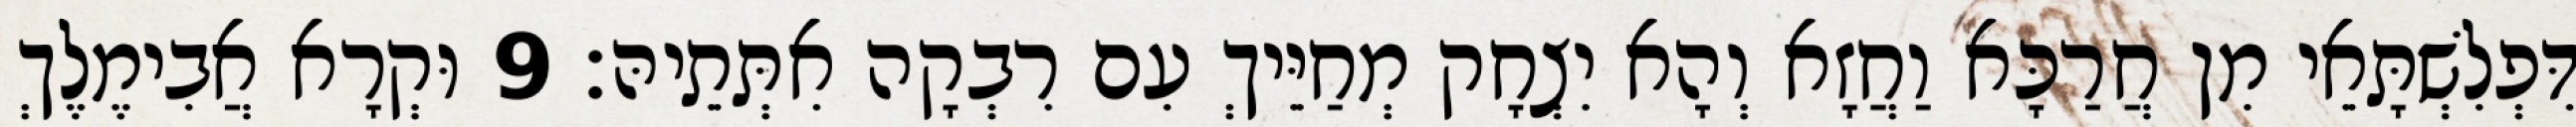
דִּפְלִשְׁתָּאֵי מִן חֲרַכָּא וַחֲזָא וְהָא יִצְחָק מְחַיֵּיךְ עִם רִבְקָה אִתְּתֵיהּ׃ 9 וּקְרָא אֲבִימֶלֶךְ